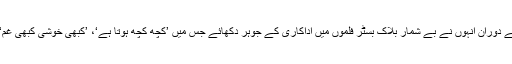
کاجول کو بالی ووڈ انڈسٹری میں 25 سال ہوگئے ہیں اور اس عرصے کے دوران انہوں نے بے شمار بلاک بسٹر فلموں میں اداکاری کے جوہر دکھائے جس میں ’کچھ کچھ ہوتا ہے‘، ’کبھی خوشی کبھی غم‘، ’دل والے دلہنیا لے جائیں گے‘ اور ’عشق‘ سمیت متعدد فلمیں شامل ہیں۔